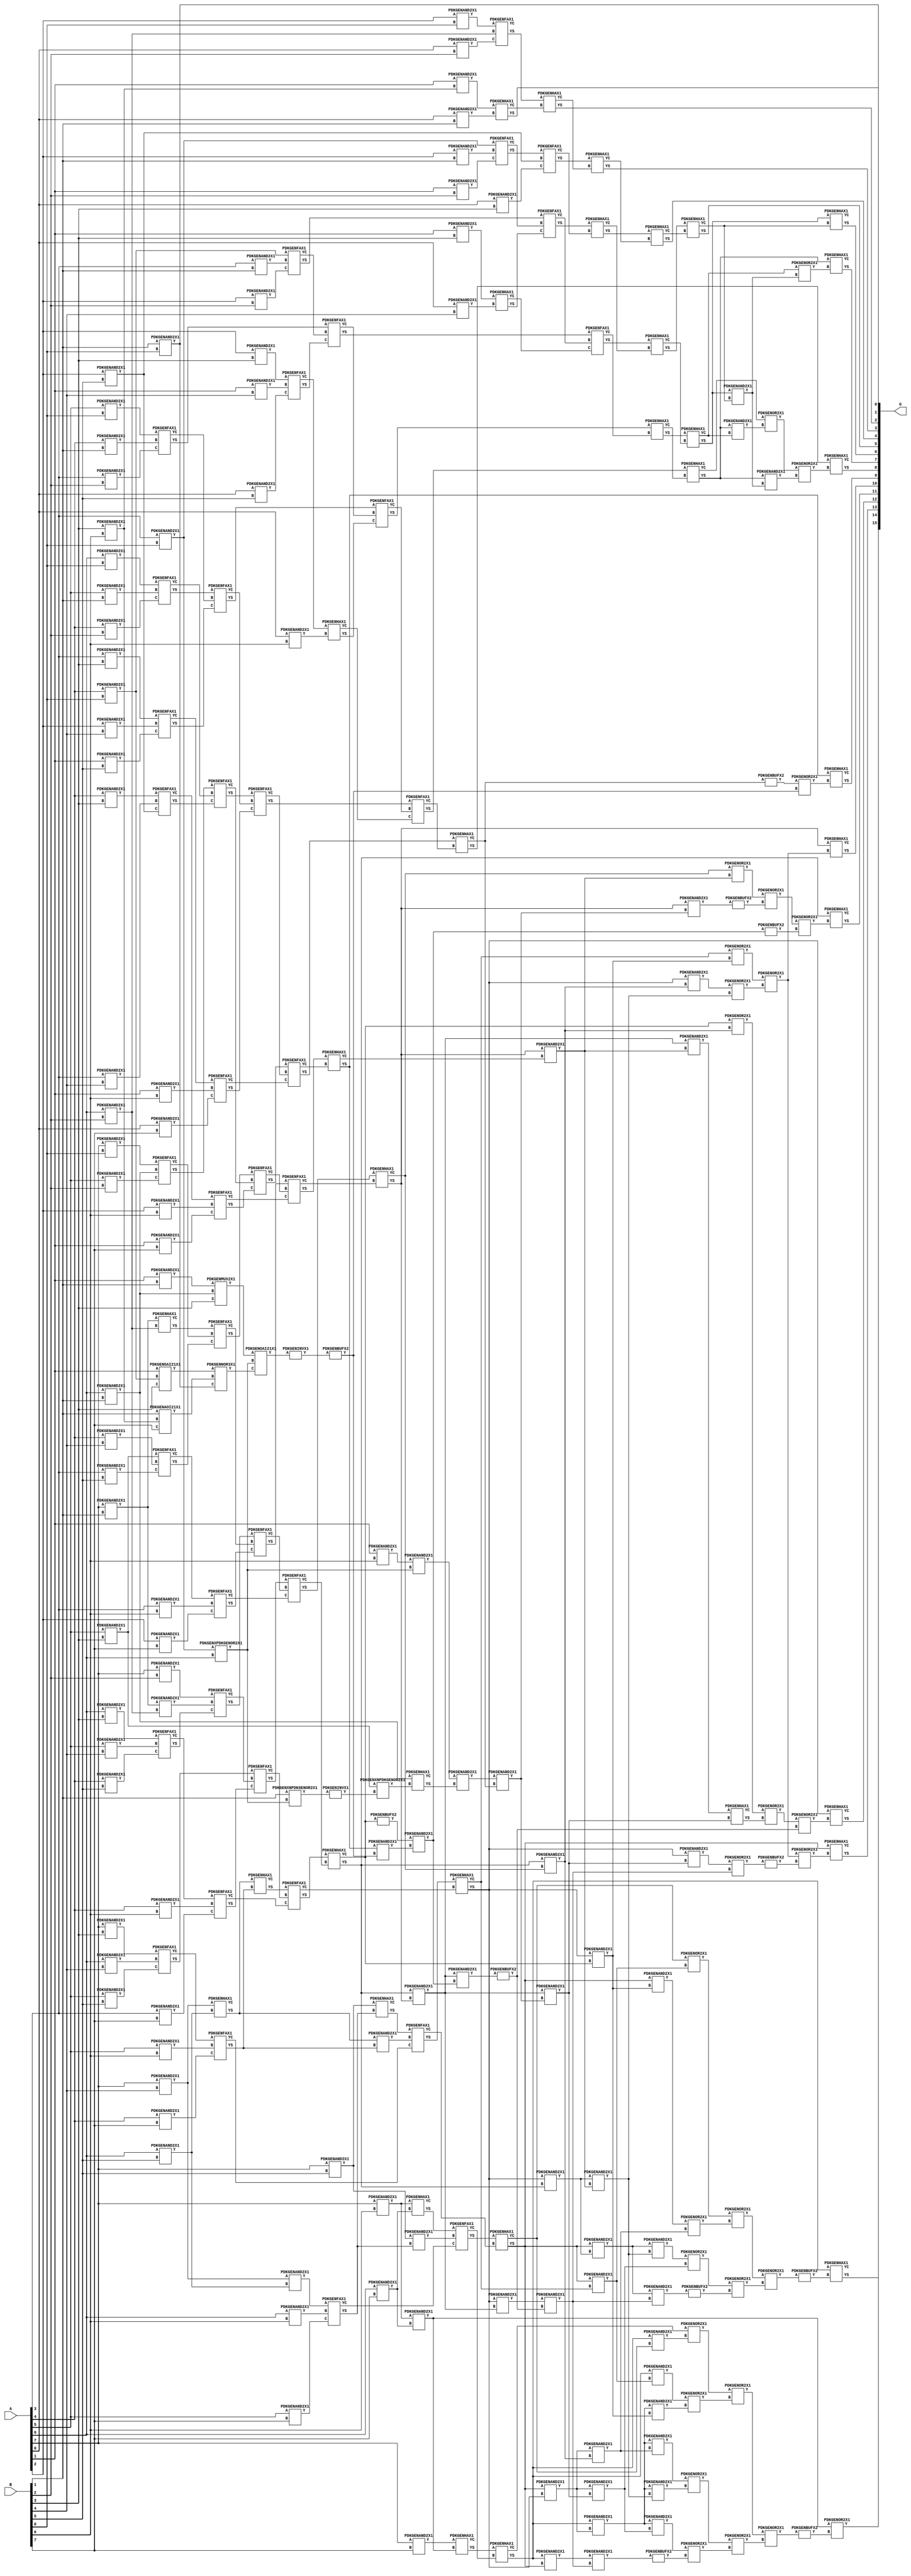
// Library = EvoApprox8b
// Circuit = mul8_239
// Area   (180) = 12542
// Delay  (180) = 2.980
// Power  (180) = 5880.90
// Area   (45) = 892
// Delay  (45) = 1.150
// Power  (45) = 491.00
// Nodes = 234
// HD = 119733
// MAE = 310.12723
// MSE = 326416.73438
// MRE = 3.45 %
// WCE = 2570
// WCRE = 128 %
// EP = 77.7 %

module mul8_239(A, B, O);
  input [7:0] A;
  input [7:0] B;
  output [15:0] O;
  wire [2031:0] N;

  assign N[0] = A[0];
  assign N[1] = A[0];
  assign N[2] = A[1];
  assign N[3] = A[1];
  assign N[4] = A[2];
  assign N[5] = A[2];
  assign N[6] = A[3];
  assign N[7] = A[3];
  assign N[8] = A[4];
  assign N[9] = A[4];
  assign N[10] = A[5];
  assign N[11] = A[5];
  assign N[12] = A[6];
  assign N[13] = A[6];
  assign N[14] = A[7];
  assign N[15] = A[7];
  assign N[16] = B[0];
  assign N[17] = B[0];
  assign N[18] = B[1];
  assign N[19] = B[1];
  assign N[20] = B[2];
  assign N[21] = B[2];
  assign N[22] = B[3];
  assign N[23] = B[3];
  assign N[24] = B[4];
  assign N[25] = B[4];
  assign N[26] = B[5];
  assign N[27] = B[5];
  assign N[28] = B[6];
  assign N[29] = B[6];
  assign N[30] = B[7];
  assign N[31] = B[7];

  PDKGENAND2X1 n32(.A(N[18]), .B(N[16]), .Y(N[32]));
  PDKGENAND2X1 n34(.A(N[22]), .B(N[28]), .Y(N[34]));
  PDKGENAND2X1 n38(.A(N[2]), .B(N[34]), .Y(N[38]));
  PDKGENAND2X1 n40(.A(N[2]), .B(N[28]), .Y(N[40]));
  assign N[41] = N[40];
  PDKGENAND2X1 n44(.A(N[4]), .B(N[16]), .Y(N[44]));
  PDKGENAND2X1 n50(.A(N[6]), .B(N[16]), .Y(N[50]));
  assign N[51] = N[50];
  PDKGENAND2X1 n56(.A(N[8]), .B(N[16]), .Y(N[56]));
  PDKGENAOI21X1 n60(.A(N[18]), .B(N[34]), .C(N[30]), .Y(N[60]));
  PDKGENAND2X1 n62(.A(N[10]), .B(N[16]), .Y(N[62]));
  PDKGENAND2X1 n68(.A(N[12]), .B(N[16]), .Y(N[68]));
  PDKGENXPDKGENOR2X1 n70(.A(N[51]), .B(N[12]), .Y(N[70]));
  PDKGENAND2X1 n74(.A(N[14]), .B(N[16]), .Y(N[74]));
  PDKGENXNPDKGENOR2X1 n80(.A(N[18]), .B(N[70]), .Y(N[80]));
  assign N[81] = N[80];
  PDKGENAND2X1 n82(.A(N[0]), .B(N[18]), .Y(N[82]));
  PDKGENOAI21X1 n86(.A(N[2]), .B(N[56]), .C(N[22]), .Y(N[86]));
  assign N[87] = N[86];
  PDKGENAND2X1 n88(.A(N[2]), .B(N[18]), .Y(N[88]));
  assign N[89] = N[88];
  PDKGENAND2X1 n94(.A(N[4]), .B(N[18]), .Y(N[94]));
  PDKGENAND2X1 n100(.A(N[6]), .B(N[18]), .Y(N[100]));
  PDKGENAND2X1 n106(.A(N[8]), .B(N[18]), .Y(N[106]));
  PDKGENAND2X1 n112(.A(N[10]), .B(N[18]), .Y(N[112]));
  PDKGENAND2X1 n118(.A(N[12]), .B(N[18]), .Y(N[118]));
  assign N[119] = N[118];
  PDKGENAND2X1 n126(.A(N[14]), .B(N[18]), .Y(N[126]));
  PDKGENNOR3X1 n130(.A(N[87]), .B(N[60]), .C(N[32]), .Y(N[130]));
  assign N[131] = N[130];
  PDKGENAND2X1 n132(.A(N[0]), .B(N[20]), .Y(N[132]));
  PDKGENMUX2X1 n136(.A(N[89]), .B(N[118]), .S(N[22]), .Y(N[136]));
  assign N[137] = N[136];
  PDKGENAND2X1 n138(.A(N[2]), .B(N[20]), .Y(N[138]));
  PDKGENAND2X1 n144(.A(N[4]), .B(N[20]), .Y(N[144]));
  PDKGENAND2X1 n150(.A(N[6]), .B(N[20]), .Y(N[150]));
  PDKGENAND2X1 n156(.A(N[8]), .B(N[20]), .Y(N[156]));
  PDKGENOAI21X1 n160(.A(N[137]), .B(N[70]), .C(N[131]), .Y(N[160]));
  assign N[161] = N[160];
  PDKGENAND2X1 n162(.A(N[10]), .B(N[20]), .Y(N[162]));
  PDKGENAND2X1 n168(.A(N[12]), .B(N[20]), .Y(N[168]));
  PDKGENAND2X1 n176(.A(N[14]), .B(N[20]), .Y(N[176]));
  PDKGENAND2X1 n182(.A(N[0]), .B(N[22]), .Y(N[182]));
  PDKGENAND2X1 n188(.A(N[2]), .B(N[22]), .Y(N[188]));
  PDKGENAND2X1 n194(.A(N[4]), .B(N[22]), .Y(N[194]));
  PDKGENAND2X1 n200(.A(N[6]), .B(N[22]), .Y(N[200]));
  PDKGENAND2X1 n206(.A(N[8]), .B(N[22]), .Y(N[206]));
  PDKGENAND2X1 n212(.A(N[10]), .B(N[22]), .Y(N[212]));
  assign N[213] = N[212];
  PDKGENAND2X1 n220(.A(N[12]), .B(N[22]), .Y(N[220]));
  PDKGENAND2X1 n226(.A(N[14]), .B(N[22]), .Y(N[226]));
  PDKGENINVX1 n228(.A(N[81]), .Y(N[228]));
  PDKGENAND2X1 n232(.A(N[0]), .B(N[24]), .Y(N[232]));
  PDKGENAND2X1 n238(.A(N[2]), .B(N[24]), .Y(N[238]));
  PDKGENAND2X1 n240(.A(N[41]), .B(N[70]), .Y(N[240]));
  assign N[241] = N[240];
  PDKGENXNPDKGENOR2X1 n242(.A(N[213]), .B(N[228]), .Y(N[242]));
  PDKGENAND2X1 n244(.A(N[4]), .B(N[24]), .Y(N[244]));
  PDKGENHAX1 n246(.A(N[119]), .B(N[242]), .YS(N[246]), .YC(N[247]));
  PDKGENAND2X1 n250(.A(N[6]), .B(N[24]), .Y(N[250]));
  PDKGENAND2X1 n256(.A(N[8]), .B(N[24]), .Y(N[256]));
  PDKGENAND2X1 n262(.A(N[10]), .B(N[24]), .Y(N[262]));
  PDKGENAND2X1 n270(.A(N[12]), .B(N[24]), .Y(N[270]));
  PDKGENAND2X1 n276(.A(N[14]), .B(N[24]), .Y(N[276]));
  PDKGENAND2X1 n282(.A(N[0]), .B(N[26]), .Y(N[282]));
  PDKGENAND2X1 n288(.A(N[2]), .B(N[26]), .Y(N[288]));
  PDKGENAND2X1 n294(.A(N[4]), .B(N[26]), .Y(N[294]));
  PDKGENAND2X1 n300(.A(N[6]), .B(N[26]), .Y(N[300]));
  PDKGENAND2X1 n306(.A(N[8]), .B(N[26]), .Y(N[306]));
  PDKGENAND2X1 n314(.A(N[10]), .B(N[26]), .Y(N[314]));
  PDKGENAND2X1 n320(.A(N[12]), .B(N[26]), .Y(N[320]));
  PDKGENAND2X1 n326(.A(N[14]), .B(N[26]), .Y(N[326]));
  PDKGENAND2X1 n332(.A(N[0]), .B(N[28]), .Y(N[332]));
  PDKGENAND2X1 n338(.A(N[2]), .B(N[28]), .Y(N[338]));
  PDKGENAND2X1 n344(.A(N[4]), .B(N[28]), .Y(N[344]));
  PDKGENAND2X1 n350(.A(N[6]), .B(N[28]), .Y(N[350]));
  PDKGENAND2X1 n358(.A(N[8]), .B(N[28]), .Y(N[358]));
  PDKGENAND2X1 n360(.A(N[241]), .B(N[246]), .Y(N[360]));
  assign N[361] = N[360];
  PDKGENAND2X1 n364(.A(N[10]), .B(N[28]), .Y(N[364]));
  PDKGENAND2X1 n370(.A(N[12]), .B(N[28]), .Y(N[370]));
  PDKGENAND2X1 n376(.A(N[14]), .B(N[28]), .Y(N[376]));
  PDKGENAND2X1 n382(.A(N[0]), .B(N[30]), .Y(N[382]));
  PDKGENAND2X1 n388(.A(N[2]), .B(N[30]), .Y(N[388]));
  PDKGENAND2X1 n394(.A(N[4]), .B(N[30]), .Y(N[394]));
  PDKGENAND2X1 n400(.A(N[6]), .B(N[30]), .Y(N[400]));
  PDKGENAND2X1 n408(.A(N[8]), .B(N[30]), .Y(N[408]));
  PDKGENAND2X1 n414(.A(N[10]), .B(N[30]), .Y(N[414]));
  PDKGENAND2X1 n420(.A(N[12]), .B(N[30]), .Y(N[420]));
  PDKGENAND2X1 n426(.A(N[14]), .B(N[30]), .Y(N[426]));
  PDKGENHAX1 n432(.A(N[38]), .B(N[82]), .YS(N[432]), .YC(N[433]));
  PDKGENFAX1 n438(.A(N[44]), .B(N[168]), .C(N[132]), .YS(N[438]), .YC(N[439]));
  PDKGENFAX1 n444(.A(N[50]), .B(N[94]), .C(N[138]), .YS(N[444]), .YC(N[445]));
  PDKGENFAX1 n452(.A(N[56]), .B(N[100]), .C(N[144]), .YS(N[452]), .YC(N[453]));
  PDKGENFAX1 n458(.A(N[62]), .B(N[106]), .C(N[150]), .YS(N[458]), .YC(N[459]));
  PDKGENFAX1 n464(.A(N[68]), .B(N[112]), .C(N[156]), .YS(N[464]), .YC(N[465]));
  PDKGENFAX1 n470(.A(N[74]), .B(N[118]), .C(N[162]), .YS(N[470]), .YC(N[471]));
  PDKGENINVX1 n472(.A(N[161]), .Y(N[472]));
  assign N[473] = N[472];
  PDKGENAND2X1 n476(.A(N[126]), .B(N[168]), .Y(N[476]));
  PDKGENHAX1 n482(.A(N[126]), .B(N[168]), .YS(N[482]), .YC(N[483]));
  PDKGENHAX1 n488(.A(N[188]), .B(N[232]), .YS(N[488]), .YC(N[489]));
  PDKGENFAX1 n494(.A(N[194]), .B(N[238]), .C(N[282]), .YS(N[494]), .YC(N[495]));
  PDKGENFAX1 n502(.A(N[200]), .B(N[244]), .C(N[288]), .YS(N[502]), .YC(N[503]));
  PDKGENFAX1 n508(.A(N[206]), .B(N[250]), .C(N[294]), .YS(N[508]), .YC(N[509]));
  PDKGENFAX1 n514(.A(N[212]), .B(N[256]), .C(N[300]), .YS(N[514]), .YC(N[515]));
  PDKGENFAX1 n520(.A(N[220]), .B(N[262]), .C(N[306]), .YS(N[520]), .YC(N[521]));
  PDKGENFAX1 n526(.A(N[226]), .B(N[270]), .C(N[314]), .YS(N[526]), .YC(N[527]));
  PDKGENAND2X1 n532(.A(N[276]), .B(N[320]), .Y(N[532]));
  PDKGENHAX1 n538(.A(N[276]), .B(N[320]), .YS(N[538]), .YC(N[539]));
  PDKGENHAX1 n546(.A(N[438]), .B(N[433]), .YS(N[546]), .YC(N[547]));
  PDKGENFAX1 n552(.A(N[444]), .B(N[294]), .C(N[182]), .YS(N[552]), .YC(N[553]));
  PDKGENFAX1 n558(.A(N[452]), .B(N[445]), .C(N[488]), .YS(N[558]), .YC(N[559]));
  PDKGENFAX1 n564(.A(N[458]), .B(N[453]), .C(N[494]), .YS(N[564]), .YC(N[565]));
  PDKGENFAX1 n570(.A(N[464]), .B(N[459]), .C(N[502]), .YS(N[570]), .YC(N[571]));
  PDKGENFAX1 n576(.A(N[470]), .B(N[465]), .C(N[508]), .YS(N[576]), .YC(N[577]));
  PDKGENFAX1 n582(.A(N[482]), .B(N[471]), .C(N[514]), .YS(N[582]), .YC(N[583]));
  PDKGENFAX1 n588(.A(N[176]), .B(N[476]), .C(N[520]), .YS(N[588]), .YC(N[589]));
  PDKGENHAX1 n596(.A(N[495]), .B(N[332]), .YS(N[596]), .YC(N[597]));
  PDKGENFAX1 n602(.A(N[503]), .B(N[338]), .C(N[382]), .YS(N[602]), .YC(N[603]));
  PDKGENFAX1 n608(.A(N[509]), .B(N[344]), .C(N[388]), .YS(N[608]), .YC(N[609]));
  PDKGENFAX1 n614(.A(N[515]), .B(N[350]), .C(N[394]), .YS(N[614]), .YC(N[615]));
  PDKGENFAX1 n620(.A(N[521]), .B(N[358]), .C(N[400]), .YS(N[620]), .YC(N[621]));
  PDKGENFAX1 n626(.A(N[527]), .B(N[364]), .C(N[408]), .YS(N[626]), .YC(N[627]));
  PDKGENFAX1 n632(.A(N[532]), .B(N[370]), .C(N[414]), .YS(N[632]), .YC(N[633]));
  PDKGENAND2X1 n640(.A(N[376]), .B(N[420]), .Y(N[640]));
  assign N[641] = N[640];
  PDKGENHAX1 n646(.A(N[376]), .B(N[420]), .YS(N[646]), .YC(N[647]));
  PDKGENHAX1 n652(.A(N[552]), .B(N[547]), .YS(N[652]), .YC(N[653]));
  PDKGENHAX1 n658(.A(N[558]), .B(N[553]), .YS(N[658]), .YC(N[659]));
  PDKGENFAX1 n664(.A(N[564]), .B(N[559]), .C(N[489]), .YS(N[664]), .YC(N[665]));
  PDKGENFAX1 n670(.A(N[570]), .B(N[565]), .C(N[596]), .YS(N[670]), .YC(N[671]));
  PDKGENFAX1 n676(.A(N[576]), .B(N[571]), .C(N[602]), .YS(N[676]), .YC(N[677]));
  PDKGENFAX1 n684(.A(N[582]), .B(N[577]), .C(N[608]), .YS(N[684]), .YC(N[685]));
  PDKGENFAX1 n690(.A(N[588]), .B(N[583]), .C(N[614]), .YS(N[690]), .YC(N[691]));
  PDKGENFAX1 n696(.A(N[526]), .B(N[589]), .C(N[620]), .YS(N[696]), .YC(N[697]));
  PDKGENAND2X1 n702(.A(N[538]), .B(N[626]), .Y(N[702]));
  PDKGENHAX1 n708(.A(N[538]), .B(N[626]), .YS(N[708]), .YC(N[709]));
  PDKGENAND2X1 n714(.A(N[326]), .B(N[632]), .Y(N[714]));
  PDKGENHAX1 n720(.A(N[326]), .B(N[632]), .YS(N[720]), .YC(N[721]));
  PDKGENHAX1 n726(.A(N[658]), .B(N[653]), .YS(N[726]), .YC(N[727]));
  PDKGENHAX1 n734(.A(N[664]), .B(N[659]), .YS(N[734]), .YC(N[735]));
  PDKGENHAX1 n740(.A(N[670]), .B(N[665]), .YS(N[740]), .YC(N[741]));
  PDKGENFAX1 n746(.A(N[676]), .B(N[671]), .C(N[597]), .YS(N[746]), .YC(N[747]));
  PDKGENFAX1 n752(.A(N[684]), .B(N[677]), .C(N[603]), .YS(N[752]), .YC(N[753]));
  PDKGENFAX1 n758(.A(N[690]), .B(N[685]), .C(N[609]), .YS(N[758]), .YC(N[759]));
  PDKGENFAX1 n764(.A(N[696]), .B(N[691]), .C(N[615]), .YS(N[764]), .YC(N[765]));
  PDKGENFAX1 n770(.A(N[708]), .B(N[697]), .C(N[621]), .YS(N[770]), .YC(N[771]));
  PDKGENFAX1 n778(.A(N[720]), .B(N[702]), .C(N[627]), .YS(N[778]), .YC(N[779]));
  PDKGENFAX1 n784(.A(N[646]), .B(N[714]), .C(N[633]), .YS(N[784]), .YC(N[785]));
  PDKGENHAX1 n796(.A(N[426]), .B(N[640]), .YS(N[796]), .YC(N[797]));
  PDKGENHAX1 n802(.A(N[734]), .B(N[727]), .YS(N[802]), .YC(N[803]));
  PDKGENHAX1 n808(.A(N[740]), .B(N[735]), .YS(N[808]), .YC(N[809]));
  PDKGENHAX1 n814(.A(N[746]), .B(N[741]), .YS(N[814]), .YC(N[815]));
  PDKGENHAX1 n820(.A(N[752]), .B(N[747]), .YS(N[820]), .YC(N[821]));
  PDKGENHAX1 n828(.A(N[758]), .B(N[753]), .YS(N[828]), .YC(N[829]));
  PDKGENHAX1 n834(.A(N[764]), .B(N[759]), .YS(N[834]), .YC(N[835]));
  PDKGENHAX1 n840(.A(N[770]), .B(N[765]), .YS(N[840]), .YC(N[841]));
  PDKGENHAX1 n846(.A(N[778]), .B(N[771]), .YS(N[846]), .YC(N[847]));
  PDKGENHAX1 n852(.A(N[784]), .B(N[779]), .YS(N[852]), .YC(N[853]));
  PDKGENHAX1 n858(.A(N[796]), .B(N[785]), .YS(N[858]), .YC(N[859]));
  PDKGENAND2X1 n916(.A(N[808]), .B(N[803]), .Y(N[916]));
  PDKGENOR2X1 n922(.A(N[809]), .B(N[916]), .Y(N[922]));
  PDKGENAND2X1 n946(.A(N[814]), .B(N[916]), .Y(N[946]));
  PDKGENAND2X1 n952(.A(N[814]), .B(N[809]), .Y(N[952]));
  PDKGENOR2X1 n958(.A(N[815]), .B(N[952]), .Y(N[958]));
  PDKGENOR2X1 n966(.A(N[958]), .B(N[946]), .Y(N[966]));
  PDKGENBUFX2 n1010(.A(N[821]), .Y(N[1010]));
  PDKGENBUFX2 n1016(.A(N[473]), .Y(N[1016]));
  PDKGENOR2X1 n1022(.A(N[1010]), .B(N[1016]), .Y(N[1022]));
  PDKGENAND2X1 n1034(.A(N[828]), .B(N[1016]), .Y(N[1034]));
  PDKGENAND2X1 n1072(.A(N[361]), .B(N[821]), .Y(N[1072]));
  PDKGENBUFX2 n1104(.A(N[841]), .Y(N[1104]));
  assign N[1105] = N[1104];
  PDKGENAND2X1 n1140(.A(N[1105]), .B(N[1034]), .Y(N[1140]));
  PDKGENAND2X1 n1154(.A(N[834]), .B(N[1072]), .Y(N[1154]));
  PDKGENAND2X1 n1160(.A(N[834]), .B(N[829]), .Y(N[1160]));
  PDKGENOR2X1 n1166(.A(N[835]), .B(N[1160]), .Y(N[1166]));
  PDKGENBUFX2 n1172(.A(N[1154]), .Y(N[1172]));
  PDKGENBUFX2 n1178(.A(N[1140]), .Y(N[1178]));
  PDKGENOR2X1 n1184(.A(N[1166]), .B(N[1172]), .Y(N[1184]));
  PDKGENOR2X1 n1190(.A(N[1184]), .B(N[1178]), .Y(N[1190]));
  PDKGENAND2X1 n1204(.A(N[840]), .B(N[834]), .Y(N[1204]));
  assign N[1205] = N[1204];
  PDKGENAND2X1 n1242(.A(N[1204]), .B(N[1140]), .Y(N[1242]));
  assign N[1243] = N[1242];
  PDKGENAND2X1 n1254(.A(N[1204]), .B(N[1072]), .Y(N[1254]));
  PDKGENAND2X1 n1260(.A(N[1205]), .B(N[1160]), .Y(N[1260]));
  PDKGENAND2X1 n1266(.A(N[840]), .B(N[835]), .Y(N[1266]));
  PDKGENOR2X1 n1272(.A(N[841]), .B(N[1266]), .Y(N[1272]));
  PDKGENHAX1 n1278(.A(N[1260]), .B(N[1254]), .YS(N[1278]), .YC(N[1279]));
  PDKGENOR2X1 n1292(.A(N[1272]), .B(N[1278]), .Y(N[1292]));
  PDKGENBUFX2 n1298(.A(N[1243]), .Y(N[1298]));
  PDKGENOR2X1 n1304(.A(N[1292]), .B(N[1298]), .Y(N[1304]));
  PDKGENAND2X1 n1310(.A(N[846]), .B(N[840]), .Y(N[1310]));
  PDKGENAND2X1 n1354(.A(N[846]), .B(N[1204]), .Y(N[1354]));
  assign N[1355] = N[1354];
  PDKGENAND2X1 n1366(.A(N[1355]), .B(N[1298]), .Y(N[1366]));
  PDKGENAND2X1 n1372(.A(N[846]), .B(N[1254]), .Y(N[1372]));
  PDKGENAND2X1 n1378(.A(N[1310]), .B(N[1160]), .Y(N[1378]));
  PDKGENAND2X1 n1386(.A(N[846]), .B(N[1266]), .Y(N[1386]));
  PDKGENAND2X1 n1392(.A(N[846]), .B(N[841]), .Y(N[1392]));
  PDKGENOR2X1 n1398(.A(N[847]), .B(N[1392]), .Y(N[1398]));
  PDKGENOR2X1 n1404(.A(N[1386]), .B(N[1378]), .Y(N[1404]));
  PDKGENOR2X1 n1410(.A(N[1372]), .B(N[1366]), .Y(N[1410]));
  PDKGENOR2X1 n1422(.A(N[1398]), .B(N[1404]), .Y(N[1422]));
  PDKGENBUFX2 n1430(.A(N[1410]), .Y(N[1430]));
  PDKGENOR2X1 n1436(.A(N[1422]), .B(N[1430]), .Y(N[1436]));
  PDKGENAND2X1 n1454(.A(N[852]), .B(N[846]), .Y(N[1454]));
  PDKGENAND2X1 n1504(.A(N[852]), .B(N[1310]), .Y(N[1504]));
  assign N[1505] = N[1504];
  PDKGENAND2X1 n1510(.A(N[1504]), .B(N[1366]), .Y(N[1510]));
  PDKGENAND2X1 n1516(.A(N[1454]), .B(N[1254]), .Y(N[1516]));
  PDKGENAND2X1 n1524(.A(N[1505]), .B(N[1378]), .Y(N[1524]));
  PDKGENAND2X1 n1530(.A(N[1454]), .B(N[1266]), .Y(N[1530]));
  PDKGENAND2X1 n1536(.A(N[852]), .B(N[1392]), .Y(N[1536]));
  PDKGENAND2X1 n1542(.A(N[852]), .B(N[847]), .Y(N[1542]));
  PDKGENOR2X1 n1548(.A(N[853]), .B(N[1542]), .Y(N[1548]));
  PDKGENOR2X1 n1554(.A(N[1536]), .B(N[1530]), .Y(N[1554]));
  PDKGENOR2X1 n1560(.A(N[1524]), .B(N[1516]), .Y(N[1560]));
  assign N[1561] = N[1560];
  PDKGENBUFX2 n1568(.A(N[1510]), .Y(N[1568]));
  PDKGENOR2X1 n1574(.A(N[1548]), .B(N[1554]), .Y(N[1574]));
  PDKGENOR2X1 n1580(.A(N[1561]), .B(N[1568]), .Y(N[1580]));
  PDKGENOR2X1 n1586(.A(N[1574]), .B(N[1580]), .Y(N[1586]));
  PDKGENBUFX2 n1592(.A(N[1586]), .Y(N[1592]));
  PDKGENAND2X1 n1598(.A(N[858]), .B(N[852]), .Y(N[1598]));
  PDKGENAND2X1 n1668(.A(N[1598]), .B(N[1366]), .Y(N[1668]));
  PDKGENBUFX2 n1674(.A(N[1668]), .Y(N[1674]));
  PDKGENAND2X1 n1680(.A(N[858]), .B(N[1454]), .Y(N[1680]));
  assign N[1681] = N[1680];
  PDKGENAND2X1 n1686(.A(N[1680]), .B(N[1516]), .Y(N[1686]));
  PDKGENAND2X1 n1692(.A(N[1681]), .B(N[1378]), .Y(N[1692]));
  PDKGENAND2X1 n1698(.A(N[1681]), .B(N[1530]), .Y(N[1698]));
  PDKGENAND2X1 n1704(.A(N[1681]), .B(N[1392]), .Y(N[1704]));
  PDKGENAND2X1 n1712(.A(N[858]), .B(N[1542]), .Y(N[1712]));
  PDKGENAND2X1 n1718(.A(N[858]), .B(N[853]), .Y(N[1718]));
  PDKGENOR2X1 n1724(.A(N[859]), .B(N[1718]), .Y(N[1724]));
  PDKGENOR2X1 n1730(.A(N[1712]), .B(N[1704]), .Y(N[1730]));
  PDKGENOR2X1 n1736(.A(N[1698]), .B(N[1692]), .Y(N[1736]));
  PDKGENOR2X1 n1742(.A(N[1686]), .B(N[1674]), .Y(N[1742]));
  PDKGENOR2X1 n1756(.A(N[1724]), .B(N[1730]), .Y(N[1756]));
  PDKGENOR2X1 n1762(.A(N[1736]), .B(N[1742]), .Y(N[1762]));
  PDKGENOR2X1 n1768(.A(N[1756]), .B(N[1762]), .Y(N[1768]));
  PDKGENBUFX2 n1774(.A(N[1768]), .Y(N[1774]));
  PDKGENHAX1 n1968(.A(N[808]), .B(N[803]), .YS(N[1968]), .YC(N[1969]));
  PDKGENHAX1 n1974(.A(N[814]), .B(N[922]), .YS(N[1974]), .YC(N[1975]));
  PDKGENHAX1 n1980(.A(N[820]), .B(N[966]), .YS(N[1980]), .YC(N[1981]));
  PDKGENHAX1 n1988(.A(N[828]), .B(N[1022]), .YS(N[1988]), .YC(N[1989]));
  PDKGENHAX1 n1994(.A(N[834]), .B(N[1422]), .YS(N[1994]), .YC(N[1995]));
  PDKGENHAX1 n2000(.A(N[840]), .B(N[1190]), .YS(N[2000]), .YC(N[2001]));
  PDKGENHAX1 n2006(.A(N[846]), .B(N[1304]), .YS(N[2006]), .YC(N[2007]));
  PDKGENHAX1 n2012(.A(N[852]), .B(N[1436]), .YS(N[2012]), .YC(N[2013]));
  PDKGENHAX1 n2018(.A(N[858]), .B(N[1592]), .YS(N[2018]), .YC(N[2019]));
  PDKGENOR2X1 n2024(.A(N[641]), .B(N[1774]), .Y(N[2024]));

  assign O[0] = N[32];
  assign O[1] = N[432];
  assign O[2] = N[546];
  assign O[3] = N[652];
  assign O[4] = N[726];
  assign O[5] = N[802];
  assign O[6] = N[1968];
  assign O[7] = N[1974];
  assign O[8] = N[1980];
  assign O[9] = N[1988];
  assign O[10] = N[1994];
  assign O[11] = N[2000];
  assign O[12] = N[2006];
  assign O[13] = N[2012];
  assign O[14] = N[2018];
  assign O[15] = N[2024];

endmodule
/* mod */
module PDKGENAOI21X1( input A, input B, input C, output Y );
    assign Y = ~((A & B) | C);
endmodule
/* mod */
module PDKGENOAI21X1( input A, input B, input C, output Y );
    assign Y = ~((A | B) & C);
endmodule
/* mod */
module PDKGENMUX2X1( input A, input B, input S, output Y );
    assign Y = (A & ~S) | (B & S);
endmodule
/* mod */
module PDKGENHAX1( input A, input B, output YS, output YC );
    assign YS = A ^ B;
    assign YC = A & B;
endmodule
/* mod */
module PDKGENNOR3X1(input A, input B, input C, output Y );
     assign Y = ~((A | B) | C);
endmodule
/* mod */
module PDKGENAND2X1(input A, input B, output Y );
     assign Y = A & B;
endmodule
/* mod */
module PDKGENINVX1(input A, output Y );
     assign Y = ~A;
endmodule
/* mod */
module PDKGENXPDKGENOR2X1(input A, input B, output Y );
     assign Y = A ^ B;
endmodule
/* mod */
module PDKGENFAX1( input A, input B, input C, output YS, output YC );
    assign YS = (A ^ B) ^ C;
    assign YC = (A & B) | (B & C) | (A & C);
endmodule
/* mod */
module PDKGENBUFX2(input A, output Y );
     assign Y = A;
endmodule
/* mod */
module PDKGENXNPDKGENOR2X1(input A, input B, output Y );
     assign Y = ~(A ^ B);
endmodule
/* mod */
module PDKGENOR2X1(input A, input B, output Y );
     assign Y = A | B;
endmodule